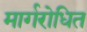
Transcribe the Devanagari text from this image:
मार्गरोधित